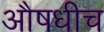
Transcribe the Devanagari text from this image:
औषधीच